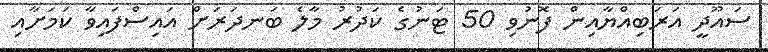
ސައޫދީ އަރަބިއްޔާއިން ފޮނުވި 50 ޓަނުގެ ކަދުރު މާލެ ބަނދަރަށް އައިސްފައިވާ ކަމަށާއި